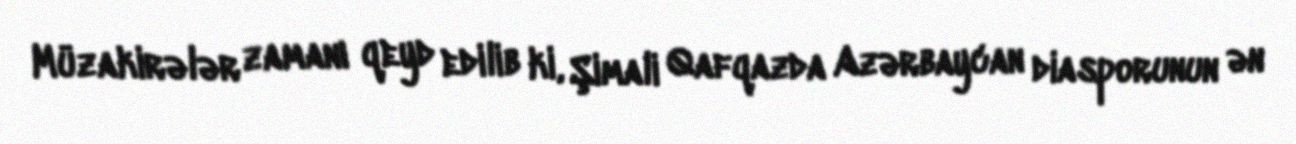
Müzakirələr zamanı qeyd edilib ki, Şimali Qafqazda Azərbaycan diasporunun ən